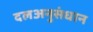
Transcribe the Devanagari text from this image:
दलअनुसंधान